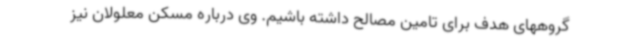
گروههای هدف برای تامین مصالح داشته باشیم. وی درباره مسکن معلولان نیز